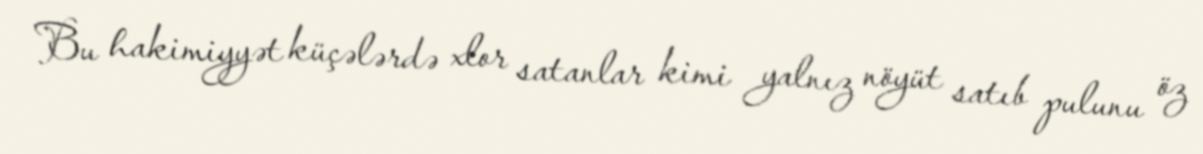
Bu hakimiyyət küçələrdə xlor satanlar kimi yalnız nöyüt satıb pulunu öz